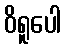
ဝိရူပေါ